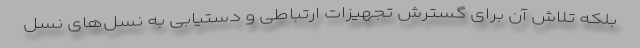
بلکه تلاش آن برای گسترش تجهیزات ارتباطی و دستیابی به نسل‌های نسل